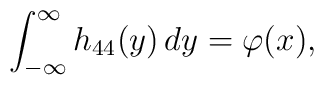
\int_{-\infty}^\infty h_{44}(y)\, dy = \varphi(x),